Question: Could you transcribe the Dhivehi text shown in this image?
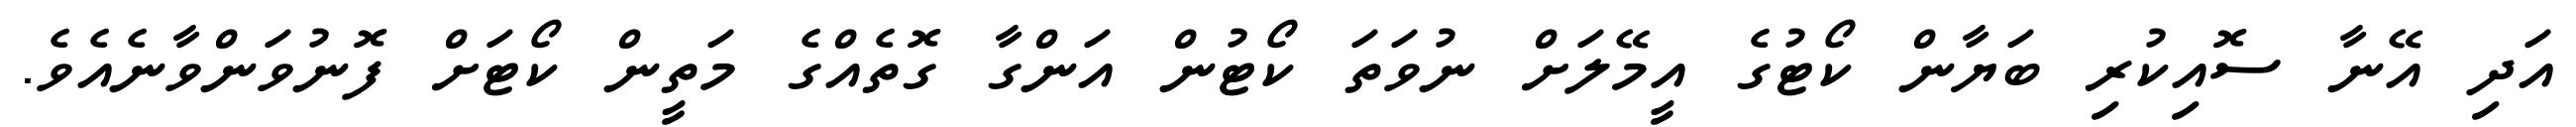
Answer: އަދި އޭނާ ސޮއިކުރި ބަޔާން ކޯޓުގެ އީމޭލަށް ނުވަތަ ކޯޓުން އަންގާ ގޮތެއްގެ މަތީން ކޯޓަށް ފޮނުވަންވާނެއެވެ.